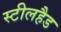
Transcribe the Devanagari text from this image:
स्टीलहैड